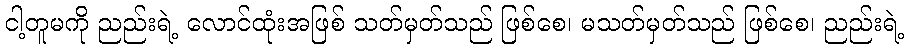
ငါ့တူမကို ညည်းရဲ့ လောင်ထုံးအဖြစ် သတ်မှတ်သည် ဖြစ်စေ၊ မသတ်မှတ်သည် ဖြစ်စေ၊ ညည်းရဲ့